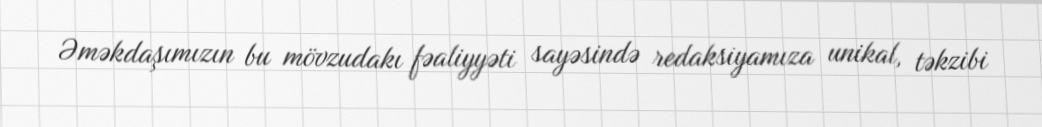
Əməkdaşımızın bu mövzudakı fəaliyyəti sayəsində redaksiyamıza unikal, təkzibi